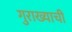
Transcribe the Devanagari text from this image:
गुराख्याची